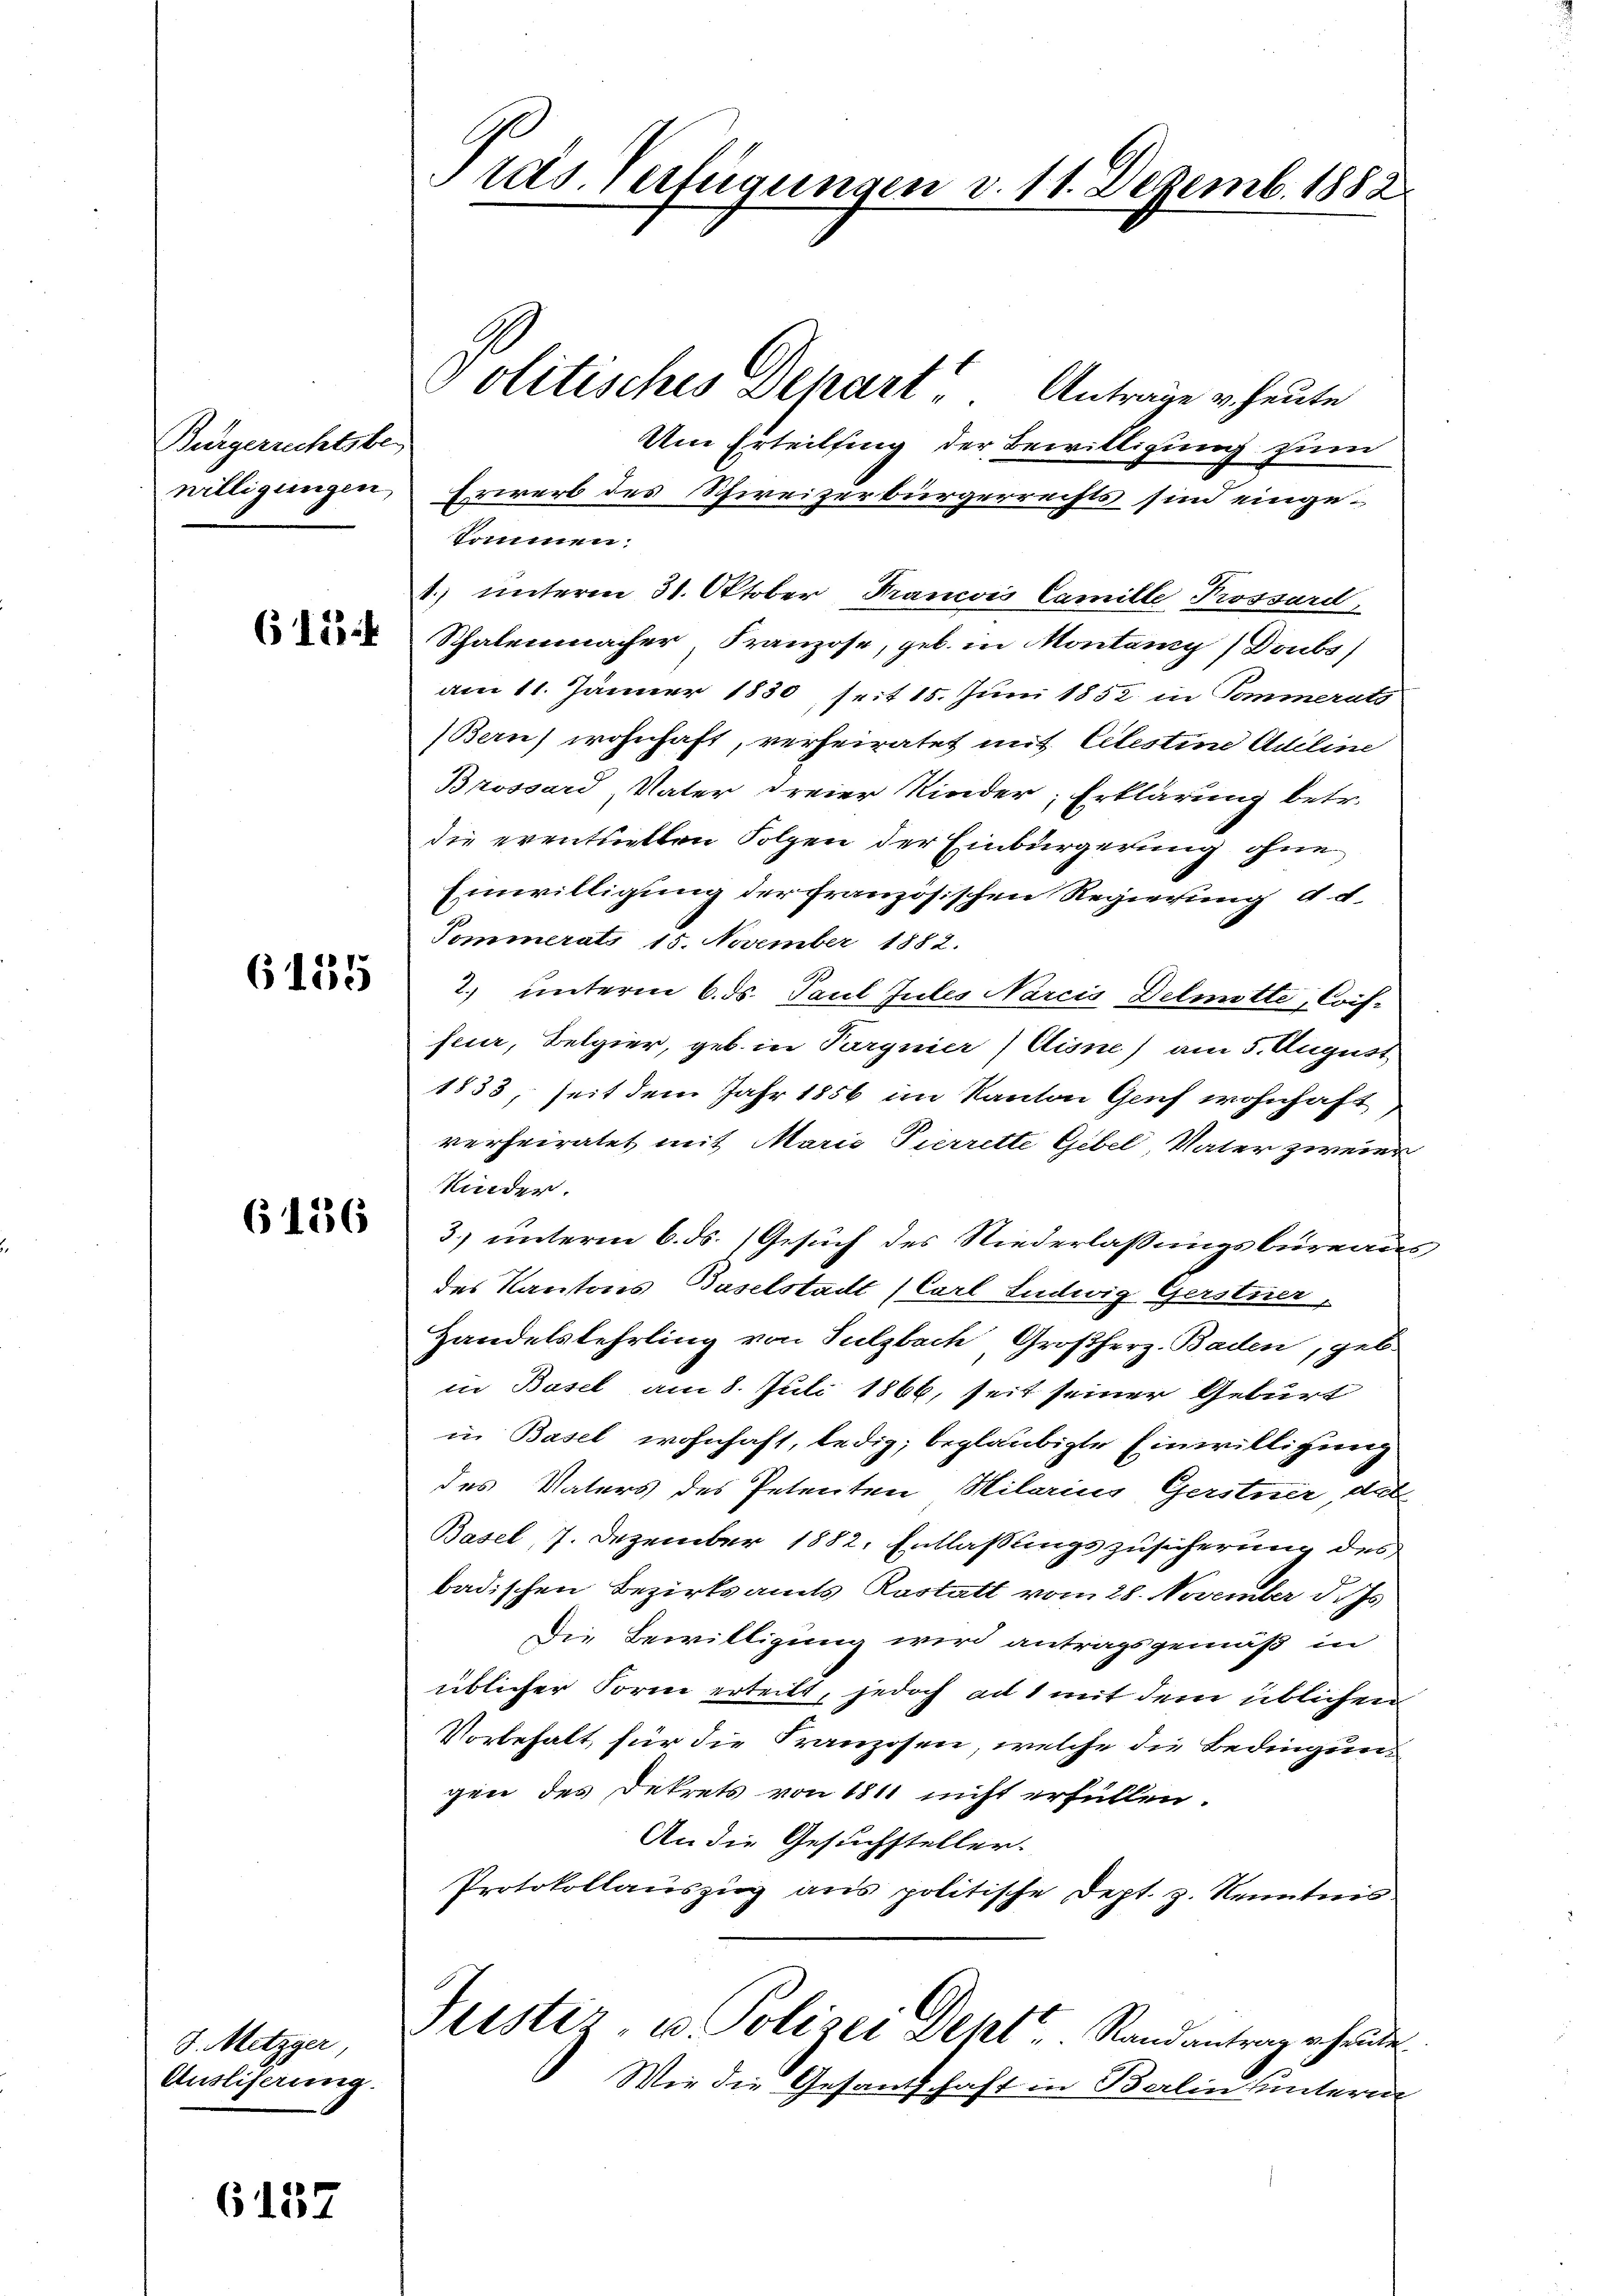
Bürgerrechtsbe-
willigungen,

615 f

6155

6136

8. Metzger,
Ausliferung.

6137

a
räs. Verfügungen d. 11. Dezemb. 1882

Politisches Schart, Anträge u. heute
Um Erteilsing der Bewilligung zum
Erwerb des Schweizerbürgerrechts sind eingekommen.
4.) unterm 31. Oktober Francois Camille Prossard,
Schalenmacher, Franzose, geb. in Montany (Doubs
am 11. Jänner 1830, seit 15. Juni 1852 in Pommerats
Bern) wohnhaft, verheiratet mit Celestine Adeline
Brossard Vater dreier Kinder; Erklärung betr.
die eventuellen Folgen der Einbürgerung ohne
Einwilligung der französischen Regierung d. d.
Pommerats 15. November 1882.
2. unterm 6. ds. Paul Jules Narcis Delmitte, Coif-
feuer, Belgier, geb. in Pargnier) Cisne) am 5. August
1833, seit dem Jahr 1856 im Kanton Genf wohnhaft
verheiratet mit Maris Pierrette Gibel Vater zweier
Kinder.
3.) unterm 6. ds. Gesuch des Niederlassungsbureaus
des Kantons Baselstadt (Carl Ludwig Gerstuer
Handelslehrling von Sulzbach Großherz. Baden, geb.
in Basel am 8. Juli 1866, seit seiner Geburt
in Basel wohnhaft, ledig; beglaubigte Einwilligung
des Vaters des Petenten Hilarius Gerstner das
Basel, 7. Dezember 1882. Entlassungszusicherung des
badischen Bezirksamts Kostalt vom 28. November d. Js.
Die Bewilligung wird antragsgemäß in
üblicher Form erteilt, jedoch ad 1 mit dem üblichen
Vorbehalt, für die Kranzosen, welche die Bedingungen des Dekrets von 1811 nicht erfüllen.
An die Gesuchsteller.
Protokollauszug aus politische Dept. z. Kenntnis
Justiz- u. Polizei Deht. Randantrag erhande
Wir die Gesandschaft in Berlin unterm